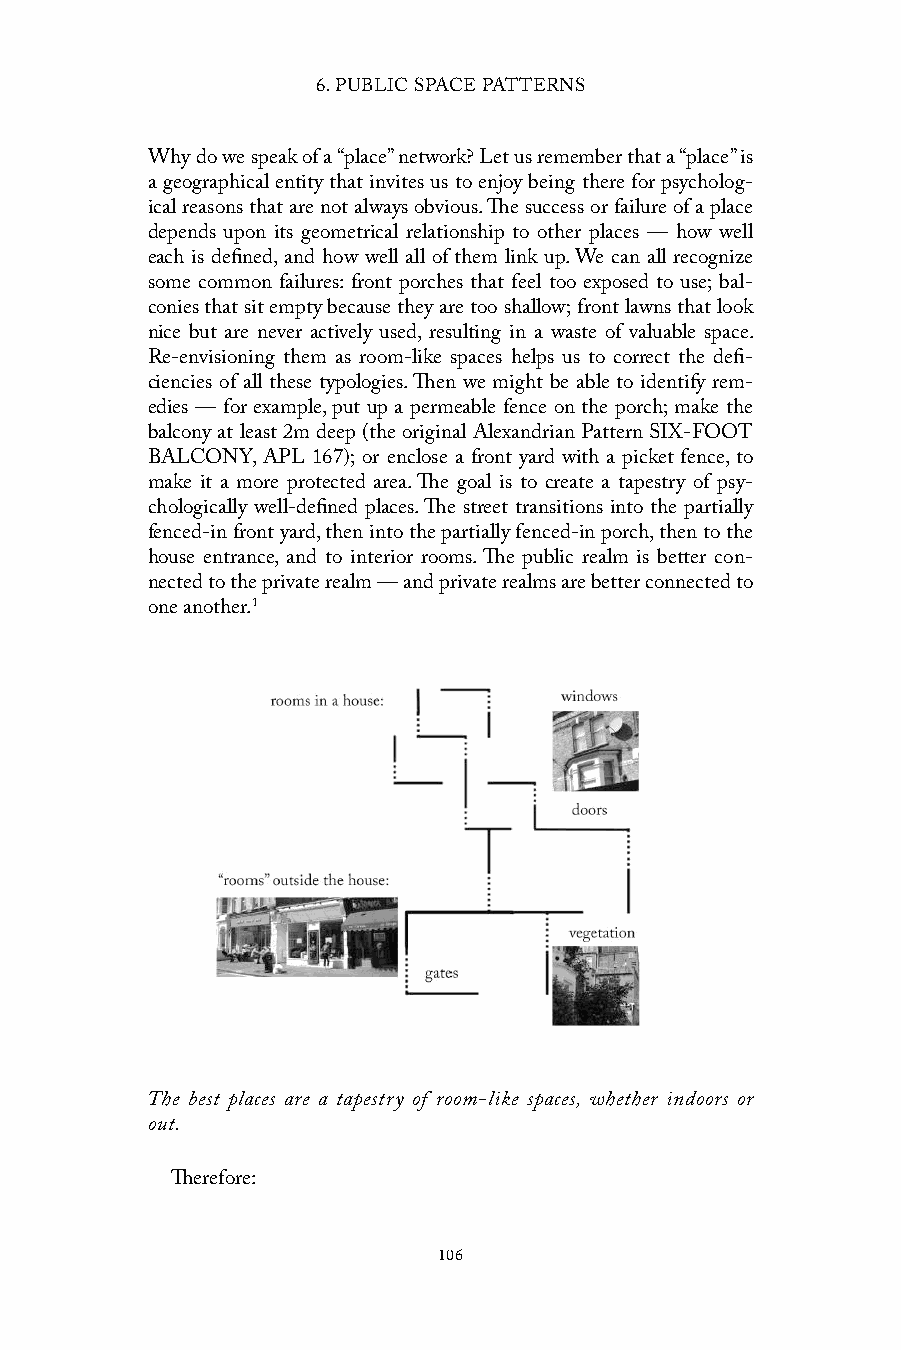
6. PUBLIC SPACE PATTERNS
 Why do we speak of a “place” network? Let us remember that a “place” is
 a geographical entity that invites us to enjoy being there for psycholog-
 ical reasons that are not always obvious. The success or failure of a place
 depends upon its geometrical relationship to other places — how well
 each is defined, and how well all of them link up. We can all recognize
 some common failures: front porches that feel too exposed to use; bal-
 conies that sit empty because they are too shallow; front lawns that look
 nice but are never actively used, resulting in a waste of valuable space.
 Re-envisioning them as room-like spaces helps us to correct the defi-
 ciencies of all these typologies. Then we might be able to identify rem-
 edies — for example, put up a permeable fence on the porch; make the
 balcony at least 2m deep (the original Alexandrian Pattern SIX-FOOT
 BALCONY, APL 167); or enclose a front yard with a picket fence, to
 make it a more protected area. The goal is to create a tapestry of psy-
 chologically well-defined places. The street transitions into the partially
 fenced-in front yard, then into the partially fenced-in porch, then to the
 house entrance, and to interior rooms. The public realm is better con-
 nected to the private realm — and private realms are better connected to
 one another.1
 The best places are a tapestry of room-like spaces, whether indoors or
 out.
 Therefore:
 106